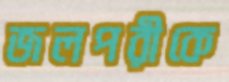
জলপরীকে